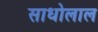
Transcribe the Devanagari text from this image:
साधोलाल